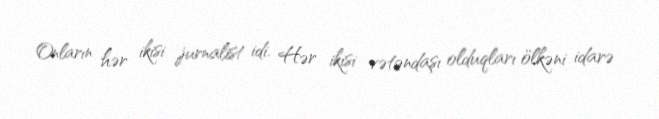
Onların hər ikisi jurnalist idi. Hər ikisi vətəndaşı olduqları ölkəni idarə